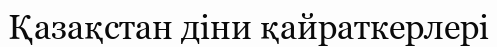
Қазақстан діни қайраткерлері